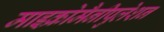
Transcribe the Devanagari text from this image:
माइक्रोमैनीपुलेशन